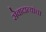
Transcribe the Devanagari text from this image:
सेवादात्यांचा